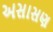
અસાસણ